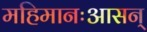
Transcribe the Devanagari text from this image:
महिमानःआसन्